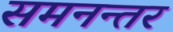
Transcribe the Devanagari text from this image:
समनन्तर